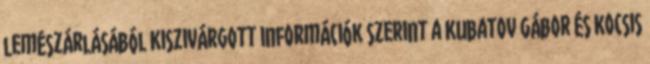
lemészárlásából Kiszivárgott információk szerint a Kubatov Gábor és Kocsis